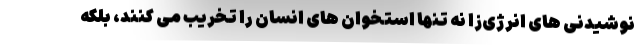
نوشیدنی های انرژی‌زا نه تنها استخوان های انسان را تخریب می کنند، بلکه